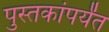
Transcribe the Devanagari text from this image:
पुस्तकांपर्यंत